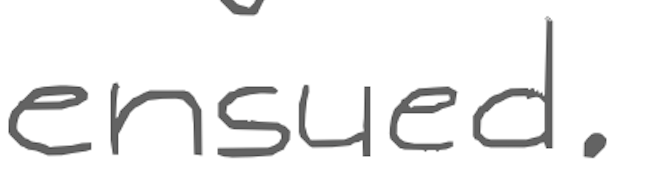
Text: ensued.
Cross-out: clean
Writing tool: digital_gray